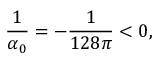
{ \frac { 1 } { \alpha _ { 0 } } } = - { \frac { 1 } { 1 2 8 \pi } } < 0 ,